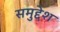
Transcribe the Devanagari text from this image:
समुद्देश